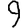
Digit: 9